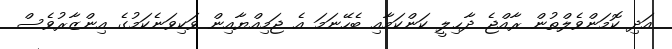
އަދި ކޮމަންވެލްތުން ރާއްޖެ ދާޙިލީ ކަންކަމާއި ބެހޭނަމަ އެ ޖަމިއްޔާއިން ވަކިވަނެކަމުގެ އިންޒާރުވެސް